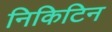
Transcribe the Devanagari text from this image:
निकिटिन